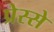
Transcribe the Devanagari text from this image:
प्रेस्से